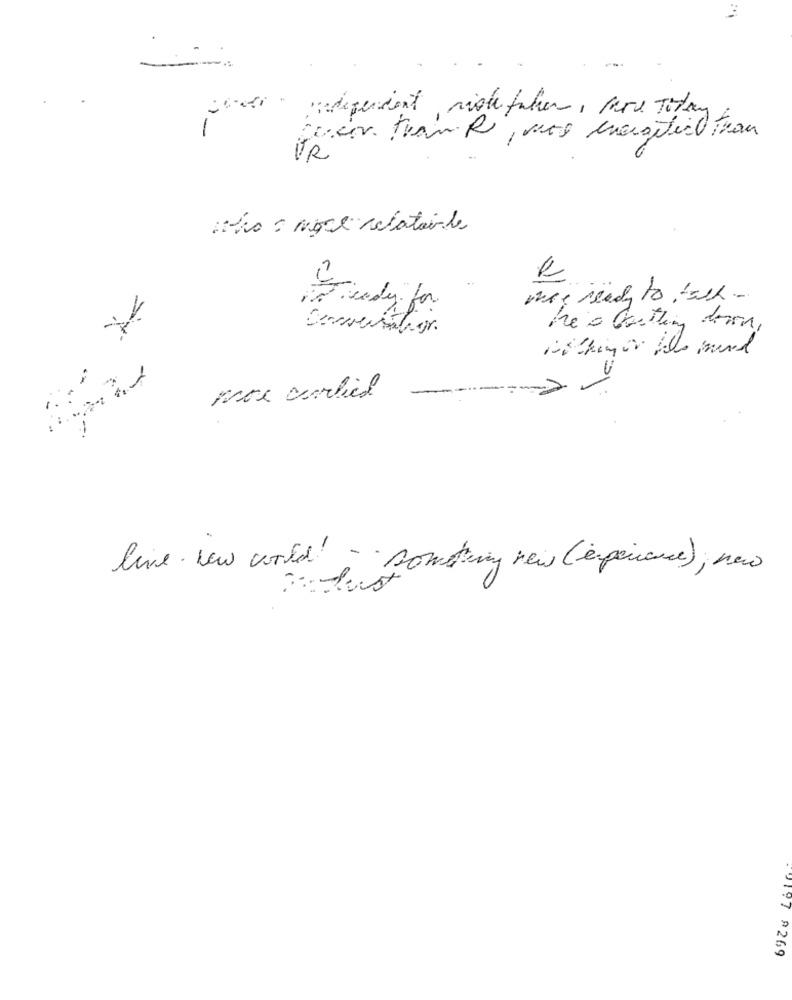
code " independent, ristefaber , here Today
VR
who = more statale
was ready to tech-
indy for
mor charlied
-
live. New world - something new (experience), new
19197 9269